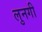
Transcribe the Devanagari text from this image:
लुनगी